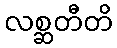
လစ္ဆတီတိ